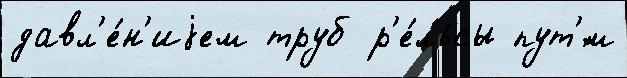
давл'е́н'иjем труб р'е́льсы пут'́м